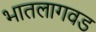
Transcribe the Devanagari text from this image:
भातलागवड